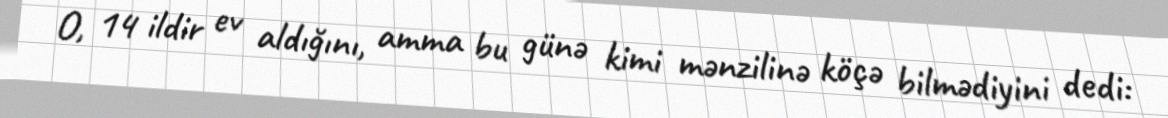
O, 14 ildir ev aldığını, amma bu günə kimi mənzilinə köçə bilmədiyini dedi: